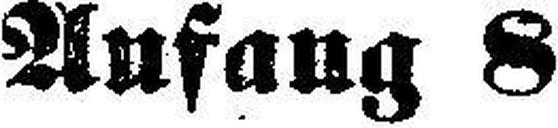
Anfang 8¼ Uhr.